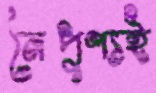
নৈপুণ্যই